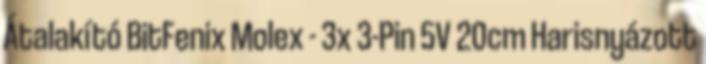
Átalakító BitFenix Molex - 3x 3-Pin 5V 20cm Harisnyázott